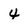
Character: 4